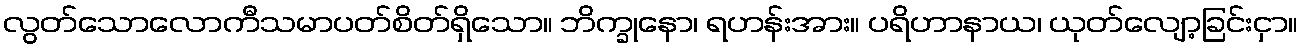
လွတ်သောလောကီသမာပတ်စိတ်ရှိသော။ ဘိက္ခုနော၊ ရဟန်းအား။ ပရိဟာနာယ၊ ယုတ်လျော့ခြင်းငှာ။